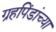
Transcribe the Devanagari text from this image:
ग्रहपिंडांच्या